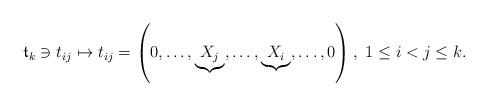
LaTeX: \begin{align*}\mathfrak t_k\ni t_{ij}\mapsto t_{ij}=\left(0,\dots,\underset{}{\underbrace{X_j}},\dots,\underset{}{\underbrace{X_i}},\dots,0\right),\ 1\leq i<j\leq k.\end{align*}